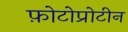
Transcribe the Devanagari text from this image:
फ़ोटोप्रोटीन